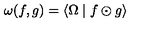
\omega ( f , g ) = \left\langle \Omega \mid f \odot g \right\rangle